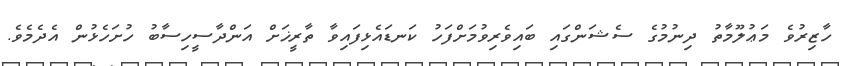
ހާޒިރުވެ މަޢުލޫމާތު ދިނުމުގެ ސެޝަންގައި ބައިވެރިވުމަށްފަހު ކަނޑައެޅިފައިވާ ތާރީޚަށް އަންދާސީހިސާބު ހުށަހެޅުން އެދެމެވެ.